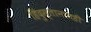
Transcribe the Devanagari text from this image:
हिंदुस्तानातही